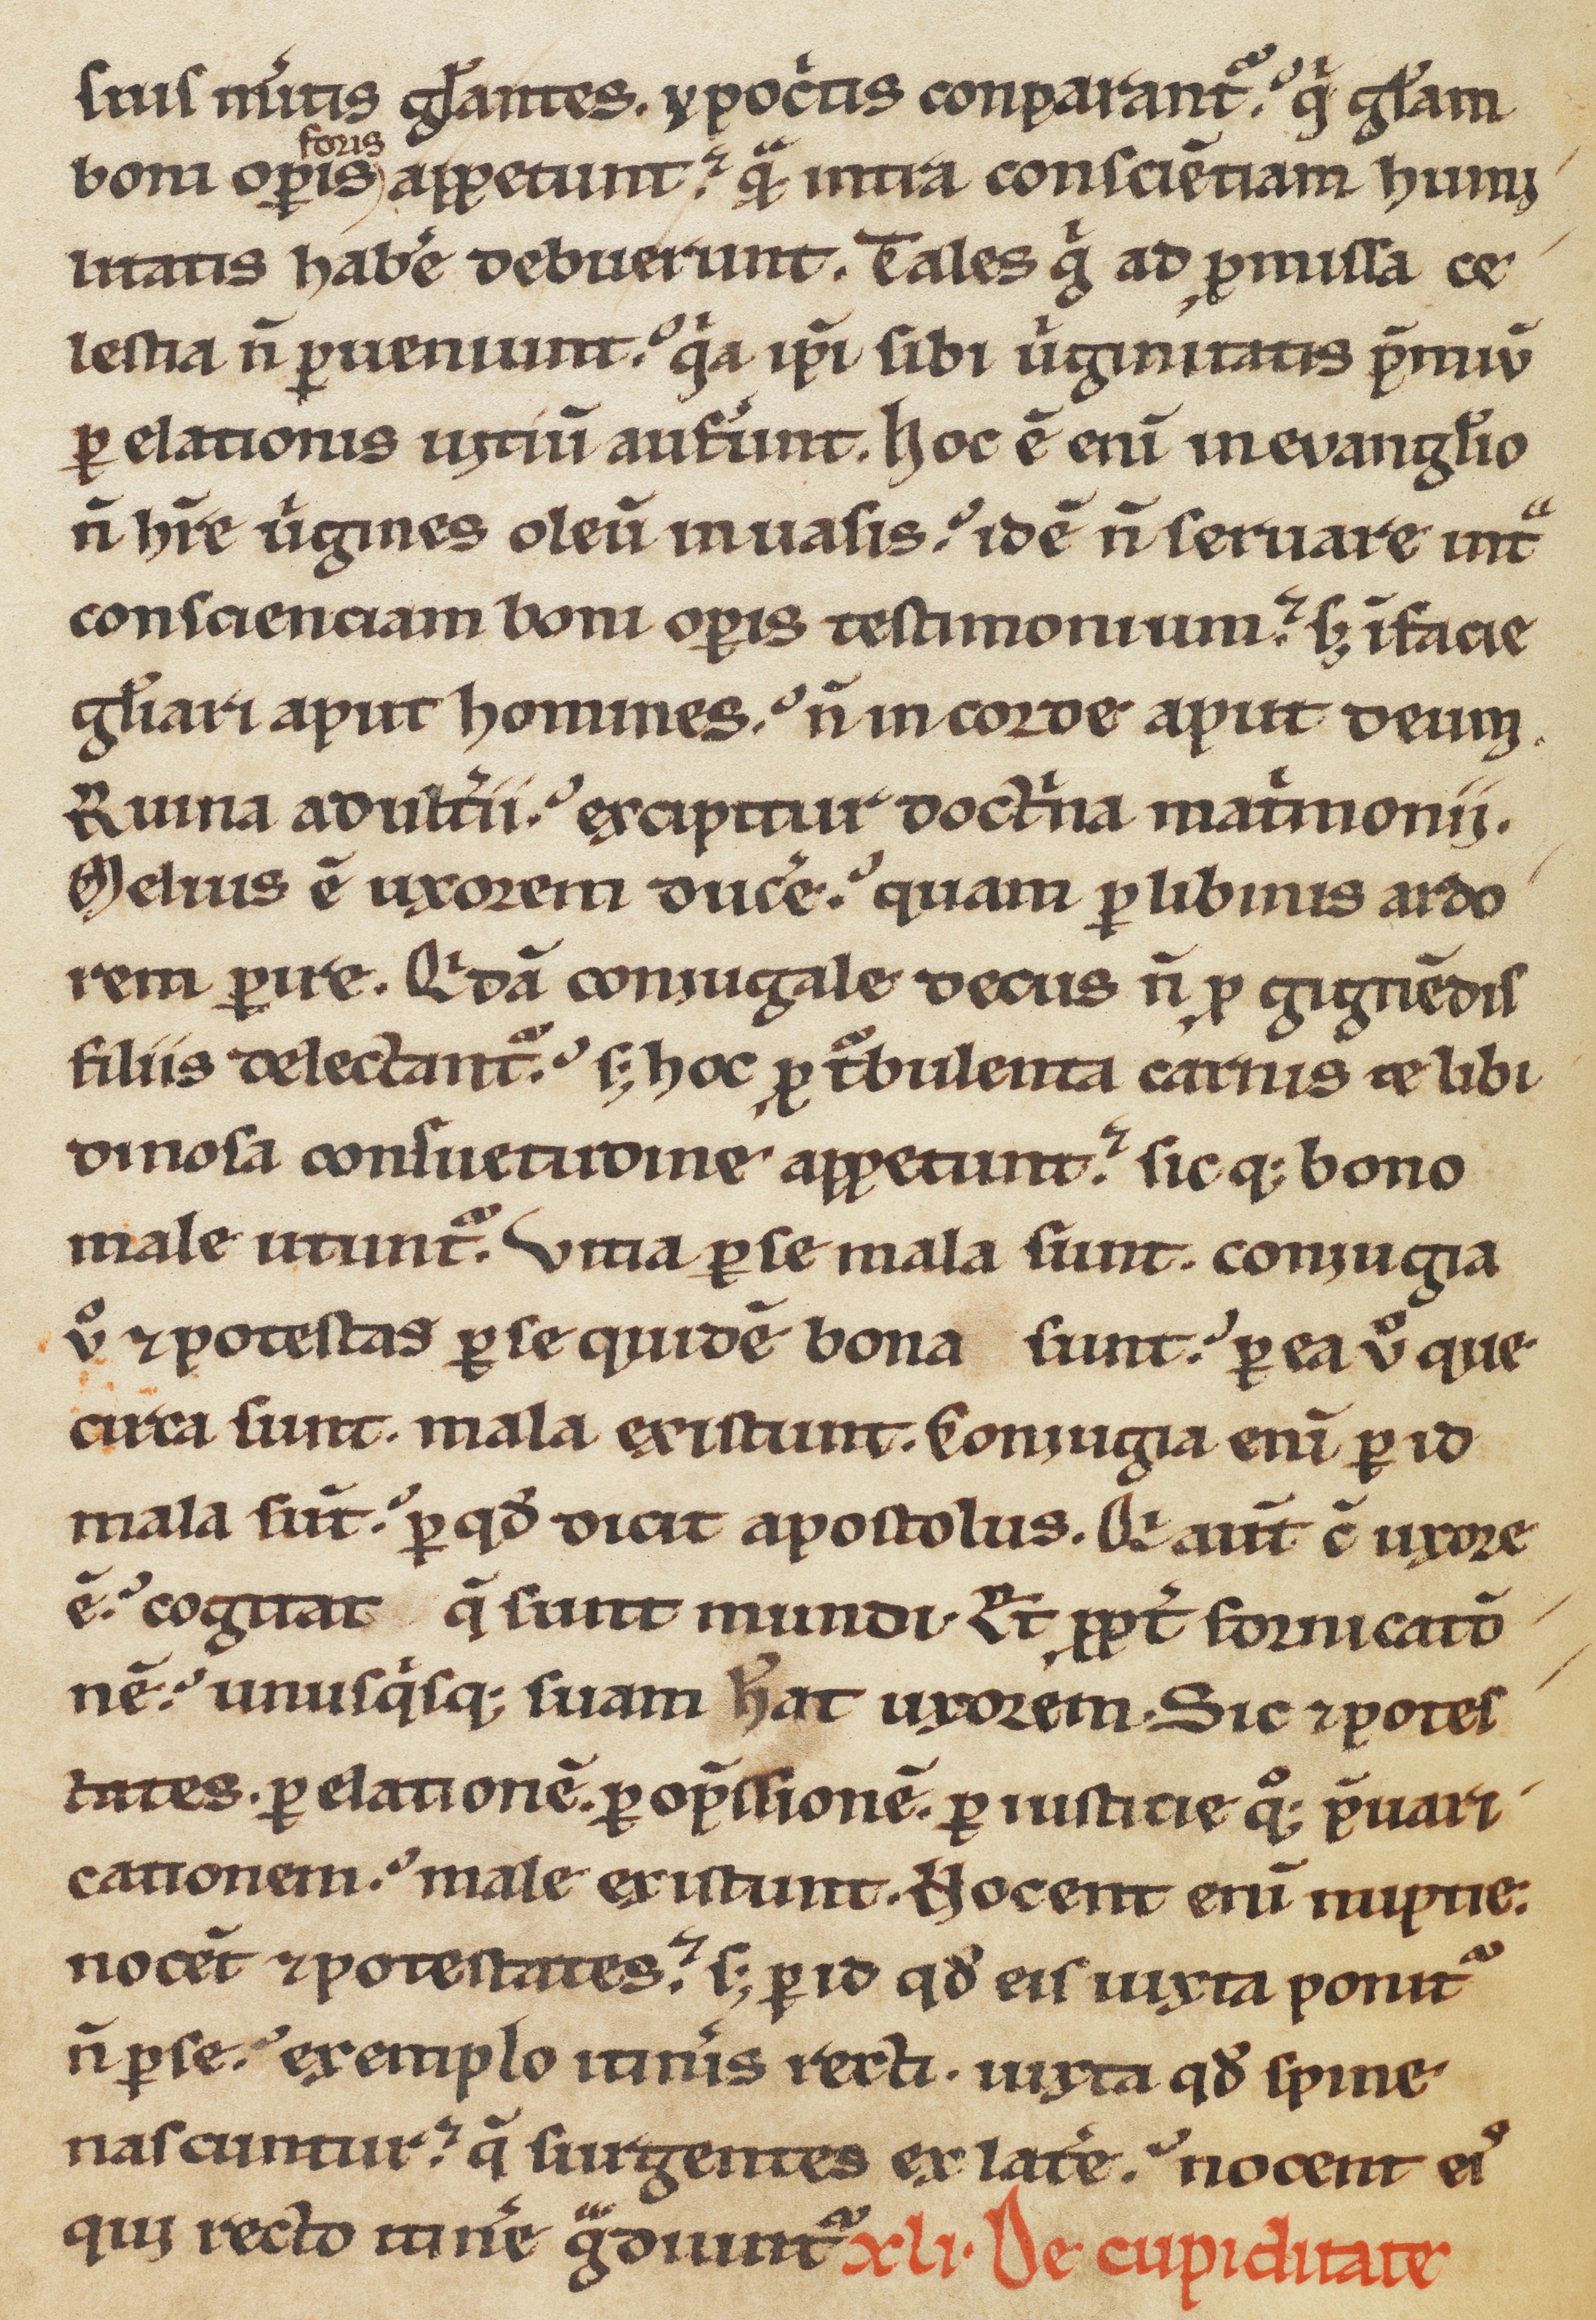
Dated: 1170–1199